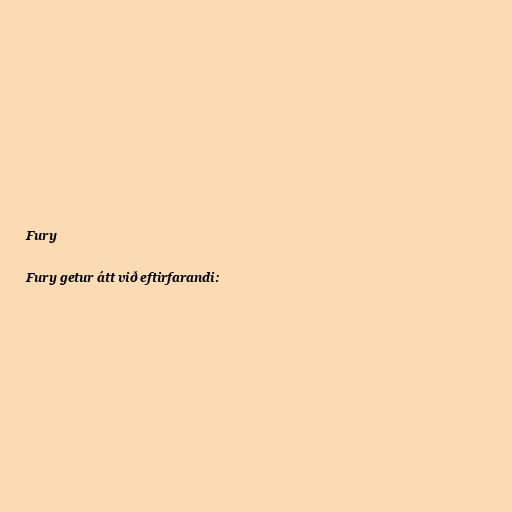
Fury

Fury getur átt við eftirfarandi: